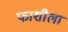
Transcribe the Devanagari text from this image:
फाशीला